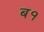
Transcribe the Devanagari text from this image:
ब१